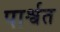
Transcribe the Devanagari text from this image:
पार्श्वत